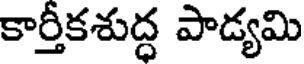
కార్తీకశుద్ధ పాడ్యమి